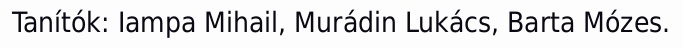
Tanítók: Iampa Mihail, Murádin Lukács, Barta Mózes.